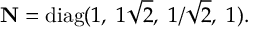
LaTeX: { \bf N } = \mathrm { d i a g } ( 1 , \ 1 \sqrt { 2 } , \ 1 / \sqrt { 2 } , \ 1 ) .